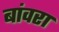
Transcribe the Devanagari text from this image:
बांवरा